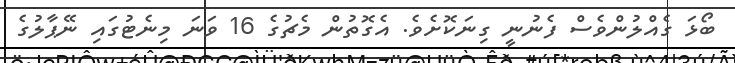
ބޯޅަ ގެއްލުންވެސް ފެނުނީ ގިނަކޮށެވެ. އެގޮތުން މެޗުގެ 16 ވަނަ މިނެޓުގައި ނޭޕާލުގެ